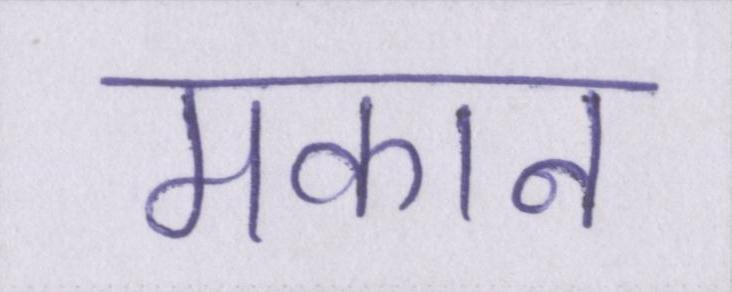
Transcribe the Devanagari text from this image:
मकान